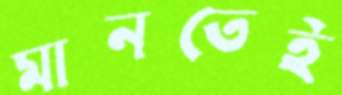
মানতেই